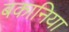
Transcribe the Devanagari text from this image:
बकानिया